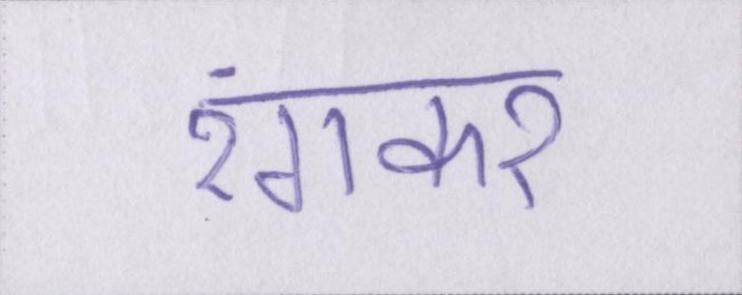
रंगकर